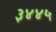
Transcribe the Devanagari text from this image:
३४४५